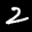
Label: 2